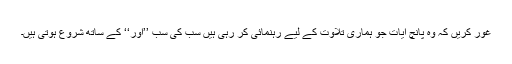
غور کریں کہ وہ پانچ آیات جو ہماری تلاوت کے لیے رہنمائی کر رہی ہیں سب کی سب ’’اور‘‘ کے ساتھ شروع ہوتی ہیں۔